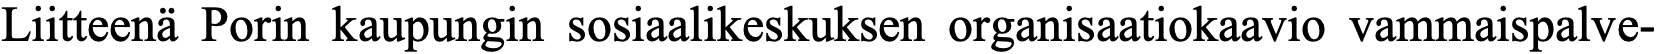
Liitteenä Porin kaupungin sosiaalikeskuksen organisaatiokaavio vammaispalve-